Mental hospitals Bombay report 1921-28 - 1921-1928
Year: 1921
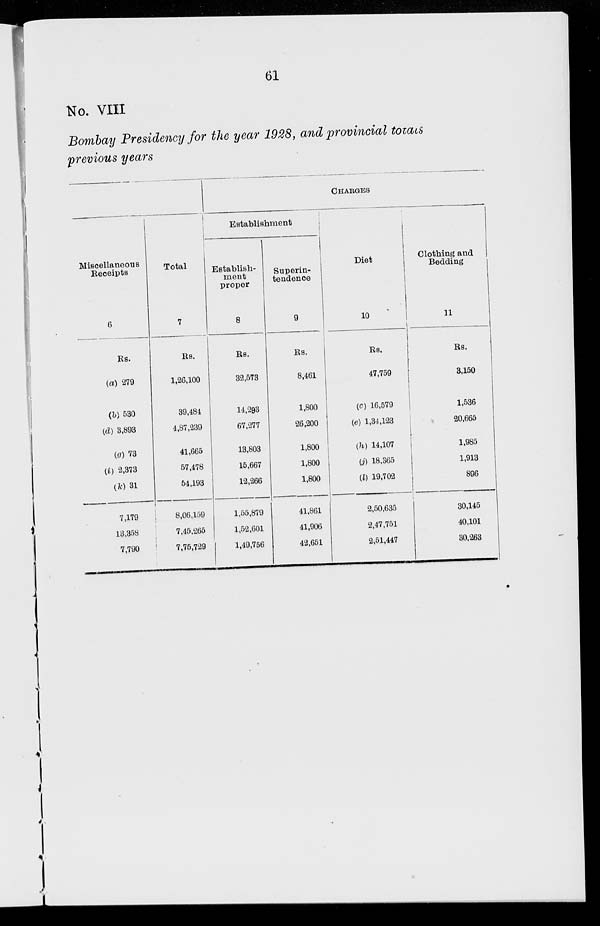
61
No. VIII
Bombay Presidency for the year 1928, and provincial totals
previous years
Miscellaneous
Receipts
6
Rs.
(a) 279
(b) 530
(d) 3,893
(g) 73
(i) 2,373
(k) 31
7,179
13,358
7,790
Total
7
Rs.
1,26,100
39,484
4,87,239
41,665
57,478
54,193
8,06,159
7,45,265
7,75,729
CHARGES
Establishment
Establish-
ment
proper
8
Rs.
32,573
14,293
67,277
13,803
15,667
12,266
1,55,879
1,52,601
1,49,756
Superin-
tendence
9
Rs.
8,461
1,800
26,200
1,800
1,800
1,800
41,861
41,906
42,651
Diet
10
Rs.
47,759
(c) 16,579
(e) 1,34,123
(h) 14,107
(j) 18,365
(l) 19,702
2,50,635
2,47,751
2,51,447
Clothing and
Bedding
11
Rs.
3,150
1,536
20,665
1,985
1,913
896
30,145
40,101
30,263